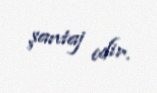
şantaj edir.